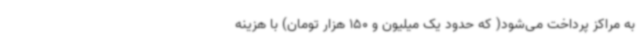
به مراکز پرداخت می‌شود( که حدود یک میلیون و 150 هزار تومان) با هزینه